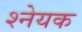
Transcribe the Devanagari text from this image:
श्नेयक